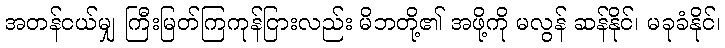
အတန်ငယ်မျှ ကြီးမြတ်ကြကုန်ငြားလည်း မိဘတို့၏ အဖို့ကို မလွန် ဆန်နိုင်၊ မခုခံနိုင်၊